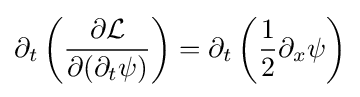
\partial _{t}\left({\frac {\partial {\mathcal {L}}}{\partial (\partial _{t}\psi )}}\right)=\partial _{t}\left({\frac {1}{2}}\partial _{x}\psi \right)